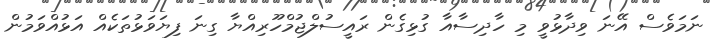
ނަމަވެސް އޭނަ ވިދާޅުވީ މި ހާދިސާއާ ގުޅިގެން ރައީސުލްޖުމްހޫރިއްޔާ ގިނަ ފިޔަވަޅުތަކެއް އަޅުއްވަމުން